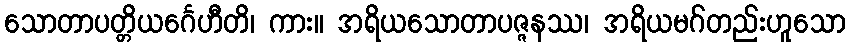
သောတာပတ္တိယင်္ဂေဟီတိ၊ ကား။ အရိယသောတာပဇ္ဇနဿ၊ အရိယမဂ်တည်းဟူသော